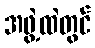
အဖွဲ့ထဲတွင်